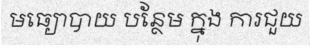
មធ្យោបាយ បន្ថែម ក្នុង ការជួយ